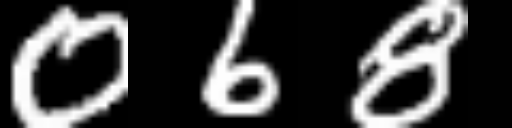
Text: 068